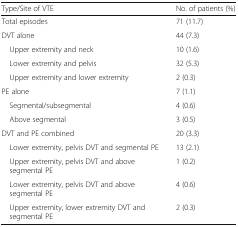
<table><thead><tr><td><b>Type/Site of VTE</b></td><td><b>No. of patients (%)</b></td></tr></thead><tbody><tr><td>Total episodes</td><td>71 (11.7)</td></tr><tr><td>DVT alone</td><td>44 (7.3)</td></tr><tr><td> Upper extremity and neck</td><td>10 (1.6)</td></tr><tr><td> Lower extremity and pelvis</td><td>32 (5.3)</td></tr><tr><td> Upper extremity and lower extremity</td><td>2 (0.3)</td></tr><tr><td>PE alone</td><td>7 (1.1)</td></tr><tr><td> Segmental/subsegmental</td><td>4 (0.6)</td></tr><tr><td> Above segmental</td><td>3 (0.5)</td></tr><tr><td>DVT and PE combined</td><td>20 (3.3)</td></tr><tr><td> Lower extremity, pelvis DVT and segmental PE</td><td>13 (2.1)</td></tr><tr><td> Upper extremity, pelvis DVT and above segmental PE</td><td>1 (0.2)</td></tr><tr><td> Lower extremity, pelvis DVT and above segmental PE</td><td>4 (0.6)</td></tr><tr><td> Upper extremity, lower extremity DVT and segmental PE</td><td>2 (0.3)</td></tr></tbody></table>